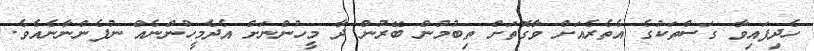
ހެދިފައިވާ ގަސްތަކުގެ އެތެރެއަށް ވާގޮތަށް ތިބުމުން ބޭރުން ދާ މީހުންނަށް އެދެމީހުންނެއް ނުފެންނާނެއެވެ.